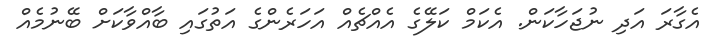
އެގާރަ އަދި ނުޖަހާކަން. އެކަމް ކަލޭގެ އެއްޗެއް އަހަރެންގެ އަތުގައި ބާއްވާކަށް ބޭނުމެއް